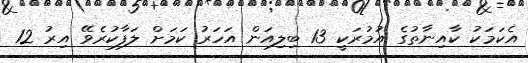
އެކަމަކު ކާއިނާތުގެ އުމުރަކީ 13 ބިލިއަން އަހަރު ކަމަށް ލަފާކުރެވޭ އިރު 12